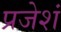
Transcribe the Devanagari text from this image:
प्रजेशं